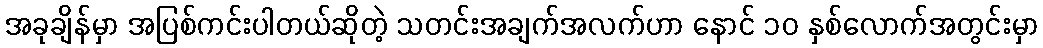
အခုချိန်မှာ အပြစ်ကင်းပါတယ်ဆိုတဲ့ သတင်းအချက်အလက်ဟာ နောင် ၁၀ နှစ်လောက်အတွင်းမှာ